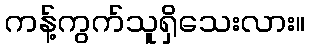
ကန့်ကွက်သူရှိသေးလား။